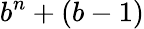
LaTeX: b^{n}+(b-1)